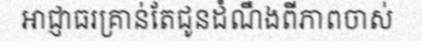
អាជ្ញាធរគ្រាន់តែជូនដំណឹងពីភាពចាស់